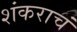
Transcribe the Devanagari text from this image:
शंकराचं